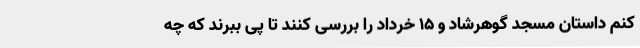
کنم داستان مسجد گوهرشاد و ۱۵ خرداد را بررسی کنند تا پی ببرند که چه